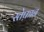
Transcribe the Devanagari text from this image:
स्तेफ़ान